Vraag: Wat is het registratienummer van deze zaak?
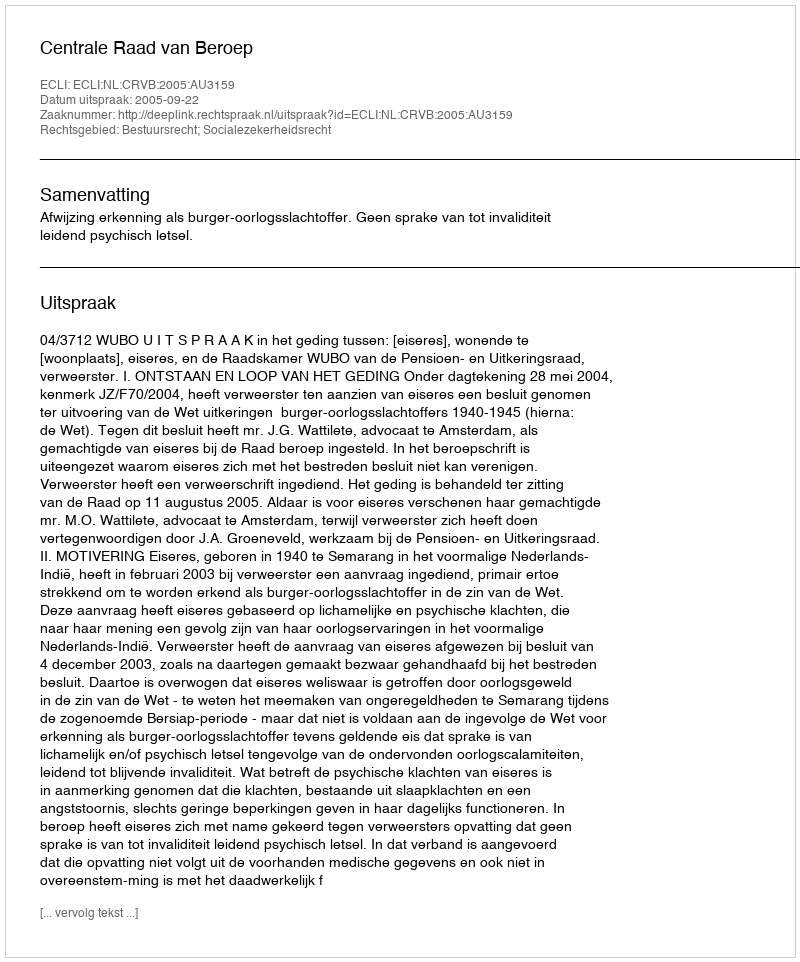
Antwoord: http://deeplink.rechtspraak.nl/uitspraak?id=ECLI:NL:CRVB:2005:AU3159